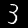
Label: 3